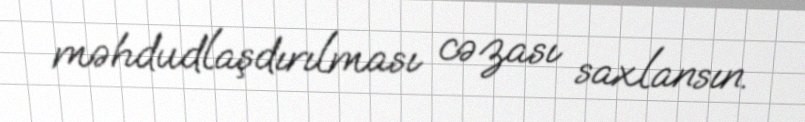
məhdudlaşdırılması cəzası saxlansın.